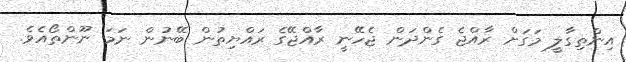
އިންތިގާލީ މަގަށް ރާއްޖެ ގެންދަން ޖެހޭނީ ރާއްޖޭގެ ރައްޔިތުން ބޭނުން ނަމަ ނޫންތޯއެވެ.